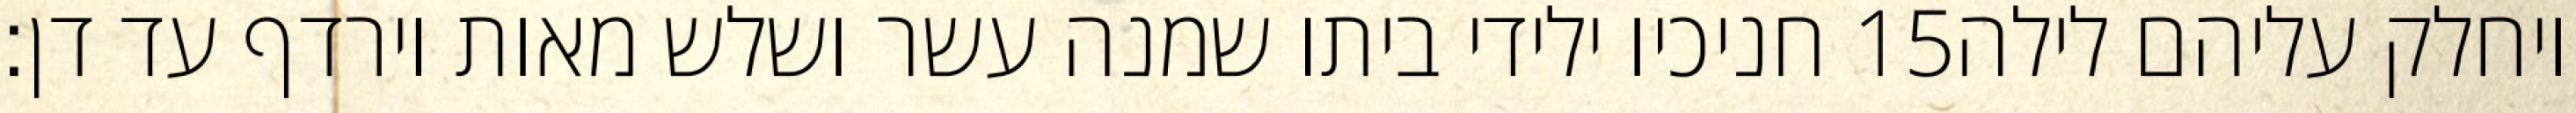
חניכיו ילידי ביתו שמנה עשר ושלש מאות וירדף עד דן׃ ‎15‏ ויחלק עליהם לילה